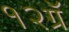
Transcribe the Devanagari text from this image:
१२ग्रॅ